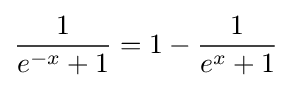
{\frac {1}{e^{-x}+1}}=1-{\frac {1}{e^{x}+1}}